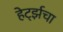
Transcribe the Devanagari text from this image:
हेर्ट्झचा